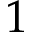
1